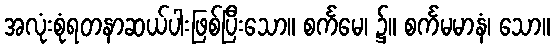
အလုံးစုံရတနာဆယ်ပါးဖြစ်ပြီးသော။ စင်္ကမေ၊ ၌။ စင်္ကမမာနံ၊ သော။